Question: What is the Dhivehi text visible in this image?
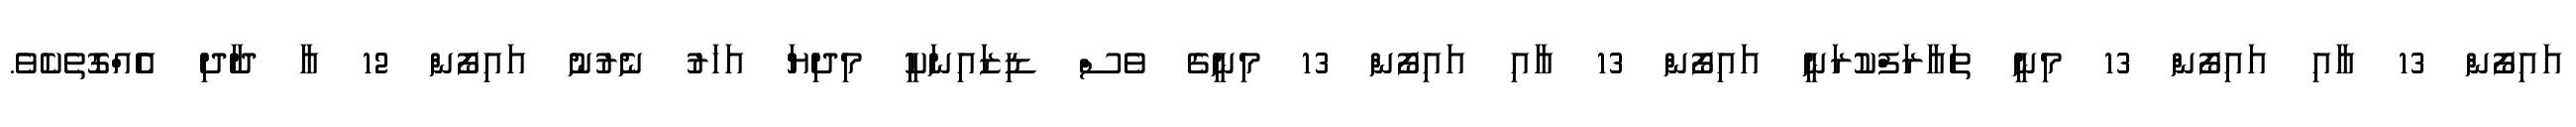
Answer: އައިފޯން 13 އާއި އައިފޯން 13 މިނީ ތައާރަފްކުރަނީ އައިފޯން 13 އާއި އައިފޯން 13 މިނީގެ ވެސް ޑިޒައިނަކީ މިދިޔަ އަހަރު ނެރުނު އައިފޯން 12 އާ ދާދި އެެއްގޮތެކެވެ.